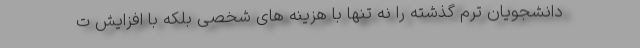
دانشجویان ترم گذشته را نه تنها با هزینه های شخصی بلکه با افزایش ت